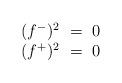
LaTeX: \begin{align*} \begin{array}{c} (f^-)^2~=~0\\ (f^+)^2~=~0 \end{array}\end{align*}